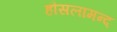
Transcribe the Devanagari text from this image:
हौसलामन्द